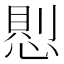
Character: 𢝔